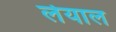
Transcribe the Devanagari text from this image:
लेयाल